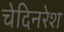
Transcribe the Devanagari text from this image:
चेदिनरेश